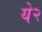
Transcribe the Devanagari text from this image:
ये२